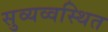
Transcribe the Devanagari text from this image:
सुव्यव्वस्थित